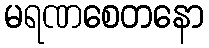
မရဏစေတနော